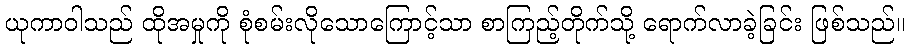
ယုကာဝါသည် ထိုအမှုကို စုံစမ်းလိုသောကြောင့်သာ စာကြည့်တိုက်သို့ ရောက်လာခဲ့ခြင်း ဖြစ်သည်။